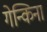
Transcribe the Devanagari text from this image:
गेन्किना